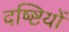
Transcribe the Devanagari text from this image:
दष्ष्टियों